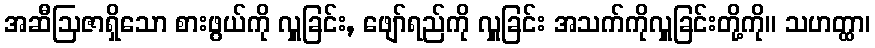
အဆီဩဇာရှိသော စားဖွယ်ကို လှူခြင်း, ဖျော်ရည်ကို လှူခြင်း အသက်ကိုလှူခြင်းတို့ကို။ သဟတ္ထာ၊